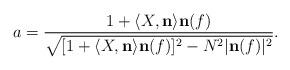
LaTeX: \begin{align*}a=\frac{1+\langle X,\mathbf n\rangle\mathbf n(f)}{\sqrt{[1+\langle X,\mathbf n\rangle\mathbf n(f)]^2-N^2|\mathbf n(f)|^2}}.\end{align*}